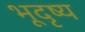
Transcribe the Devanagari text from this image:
भूदृष्य